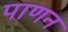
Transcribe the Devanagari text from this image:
पाणन